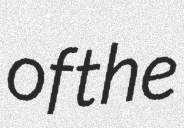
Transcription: of the